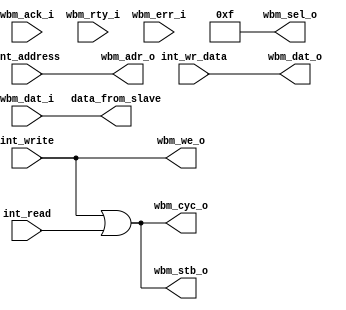
/////////////////////////////////////////////////////////////////////
////                                                             ////
//// MCS51 to Wishbone Interface                                 ////
////                                                             ////
//// $Id: wb_mcs51.v,v 1.2 2008-03-10 13:58:10 hharte Exp $          ////
////                                                             ////
//// Copyright (C) 2007 Howard M. Harte                          ////
////                    hharte@opencores.org                     ////
////                                                             ////
//// This source file may be used and distributed without        ////
//// restriction provided that this copyright statement is not   ////
//// removed from the file and that any derivative work contains ////
//// the original copyright notice and the associated disclaimer.////
////                                                             ////
////     THIS SOFTWARE IS PROVIDED ``AS IS'' AND WITHOUT ANY     ////
//// EXPRESS OR IMPLIED WARRANTIES, INCLUDING, BUT NOT LIMITED   ////
//// TO, THE IMPLIED WARRANTIES OF MERCHANTABILITY AND FITNESS   ////
//// FOR A PARTICULAR PURPOSE. IN NO EVENT SHALL THE AUTHOR      ////
//// OR CONTRIBUTORS BE LIABLE FOR ANY DIRECT, INDIRECT,         ////
//// INCIDENTAL, SPECIAL, EXEMPLARY, OR CONSEQUENTIAL DAMAGES    ////
//// (INCLUDING, BUT NOT LIMITED TO, PROCUREMENT OF SUBSTITUTE   ////
//// GOODS OR SERVICES; LOSS OF USE, DATA, OR PROFITS; OR        ////
//// BUSINESS INTERRUPTION) HOWEVER CAUSED AND ON ANY THEORY OF  ////
//// LIABILITY, WHETHER IN  CONTRACT, STRICT LIABILITY, OR TORT  ////
//// (INCLUDING NEGLIGENCE OR OTHERWISE) ARISING IN ANY WAY OUT  ////
//// OF THE USE OF THIS SOFTWARE, EVEN IF ADVISED OF THE         ////
//// POSSIBILITY OF SUCH DAMAGE.                                 ////
////                                                             ////
/////////////////////////////////////////////////////////////////////
`default_nettype none

module basic_bus_to_wishbone_bridge 
(
int_address, 
int_wr_data, 
int_write,
int_read, 
data_from_slave,

wbm_adr_o, 
wbm_dat_i, 
wbm_dat_o, 
wbm_sel_o, 
wbm_cyc_o,
wbm_stb_o, 
wbm_we_o, 
wbm_ack_i, 
wbm_rty_i, 
wbm_err_i
);

  parameter ADDRESS_WIDTH_IN_BITS = 32 ;
  parameter DATA_WIDTH_IN_BITS = 32;
  parameter SEL_WIDTH_IN_BITS = DATA_WIDTH_IN_BITS/8;

	
  input	[ADDRESS_WIDTH_IN_BITS-1:0]	int_address;	// address bus to register file 
  input	[DATA_WIDTH_IN_BITS-1:0]	int_wr_data;	// write data to register file 
  input			int_write;		// write control to register file 
  input			int_read;		// read control to register file 
  output	[DATA_WIDTH_IN_BITS-1:0]	data_from_slave;	// data read from register file 
	
	
   // WISHBONE master interface
   output [ADDRESS_WIDTH_IN_BITS-1:0]  wbm_adr_o;
   input  [DATA_WIDTH_IN_BITS-1:0]   wbm_dat_i;
   output [DATA_WIDTH_IN_BITS-1:0]   wbm_dat_o;
   output [SEL_WIDTH_IN_BITS-1:0]        wbm_sel_o;
   output         wbm_cyc_o;
   output         wbm_stb_o;
   output         wbm_we_o;
   input          wbm_ack_i;
   input          wbm_rty_i;
   input          wbm_err_i;

   
   assign wbm_adr_o = int_address;
   assign wbm_we_o  = int_write;
   assign wbm_stb_o = int_write | int_read;
   assign wbm_cyc_o = wbm_stb_o;
   assign data_from_slave = wbm_dat_i;

   assign wbm_dat_o = int_wr_data;

   assign wbm_sel_o = (2**SEL_WIDTH_IN_BITS)-1;
   
endmodule
`default_nettype wire